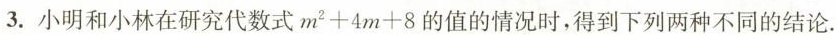
3. 小明和小林在研究代数式$$m^{ 2 } + 4 m + 8$$的值的情况时，得到下列两种不同的结论.